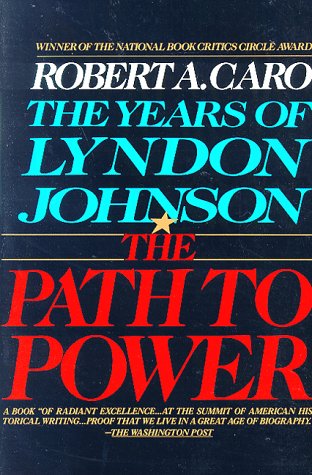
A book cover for The Path to Power (The Years of Lyndon Johnson, Volume 1); Robert A. Caro; Biographies & Memoirs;